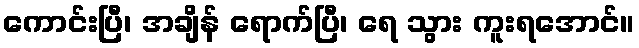
ကောင်းပြီ၊ အချိန် ရောက်ပြီ၊ ရေ သွား ကူးရအောင်။